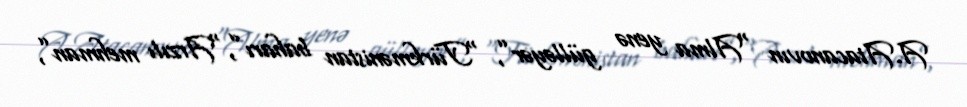
A.Atacanovın “Alma yenə gülləyər”, “Türkmənistan baharı”,“Arzılı mehman”,